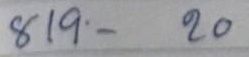
819 - 20